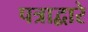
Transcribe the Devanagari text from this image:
पत्राद्वारे